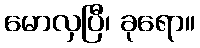
မောလှပြီ၊ ခုရော။